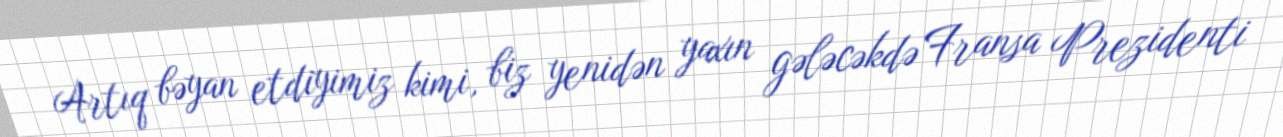
Artıq bəyan etdiyimiz kimi, biz yenidən yaxın gələcəkdə Fransa Prezidenti